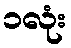
၁လုံး